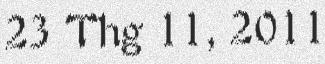
23 Thg 11, 2011